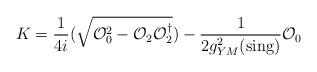
LaTeX: \begin{align*}K=\frac{1}{4i} (\sqrt{ {\cal O}_0^2 - {\cal O}_2 {\cal O}_2^\dagger})-\frac{1}{2 g^2_{YM}({\rm sing})}{\cal O}_0\end{align*}